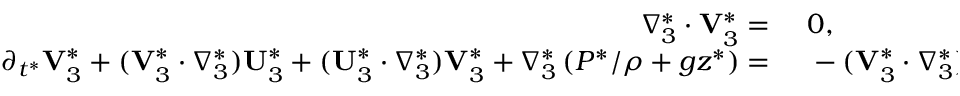
\begin{array} { r l } { \nabla _ { 3 } ^ { * } \cdot \mathbf { V } _ { 3 } ^ { * } = ~ } & { { } 0 , } \\ { \partial _ { t ^ { * } } \mathbf { V } _ { 3 } ^ { * } + ( \mathbf { V } _ { 3 } ^ { * } \cdot \nabla _ { 3 } ^ { * } ) \mathbf { U } _ { 3 } ^ { * } + ( \mathbf { U } _ { 3 } ^ { * } \cdot \nabla _ { 3 } ^ { * } ) \mathbf { V } _ { 3 } ^ { * } + \nabla _ { 3 } ^ { * } \left( P ^ { * } / \rho + g z ^ { * } \right) = ~ } & { { } - ( \mathbf { V } _ { 3 } ^ { * } \cdot \nabla _ { 3 } ^ { * } ) \mathbf { V } _ { 3 } ^ { * } , } \end{array}